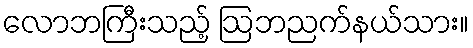
လောဘကြီးသည့် ဩဘညက်နယ်သား။